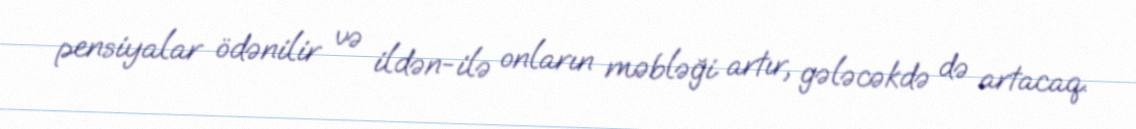
pensiyalar ödənilir və ildən-ilə onların məbləği artır, gələcəkdə də artacaq.